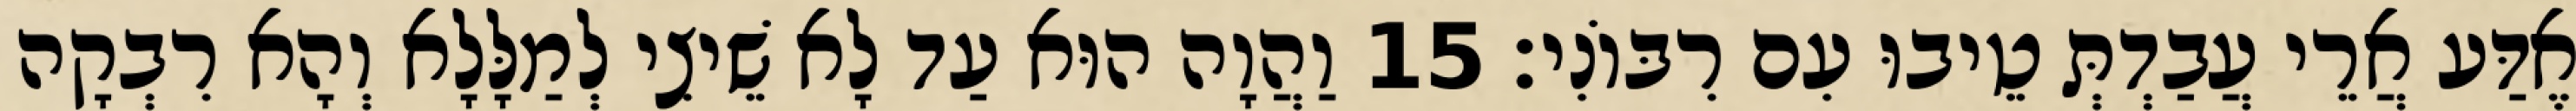
אֶדַּע אֲרֵי עֲבַדְתְּ טֵיבוּ עִם רִבּוֹנִי׃ 15 וַהֲוָה הוּא עַד לָא שֵׁיצִי לְמַלָּלָא וְהָא רִבְקָה